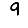
Digit: 9